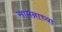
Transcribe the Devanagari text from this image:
सामनाच्या